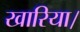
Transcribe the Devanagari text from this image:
खारिया।